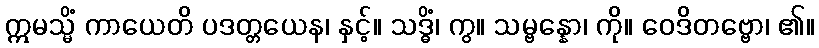
ဣမသ္မိံ ကာယေတိ ပဒတ္တယေန၊ နှင့်။ သဒ္ဓိံ၊ ကွ။ သမ္ဗန္နော၊ ကို။ ဝေဒိတဗ္ဗော၊ ၏။